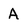
Character: A